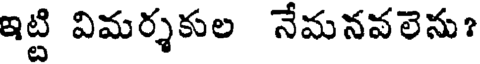
ఇట్టి విమర్శకుల నేమనవలెను?